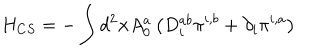
H _ { C S } = - \int d ^ { 2 } { \bf x } A _ { 0 } ^ { a } \left( D _ { i } ^ { a b } \pi ^ { i , b } + \partial _ { i } \pi ^ { i , a } \right)